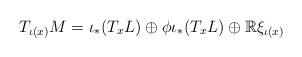
LaTeX: \begin{align*} T_{\iota (x)} M = \iota_{*} (T_{x}L) \oplus \phi \iota_{*} (T_{x}L) \oplus \mathbb{R} \xi_{\iota (x)}\end{align*}